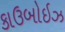
કાઉબોઇઝ